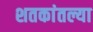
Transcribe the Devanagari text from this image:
शतकांतल्या